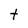
Character: t